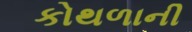
કોથળાની